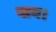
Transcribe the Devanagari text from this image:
बाय।